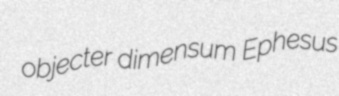
objecter dimensum Ephesus